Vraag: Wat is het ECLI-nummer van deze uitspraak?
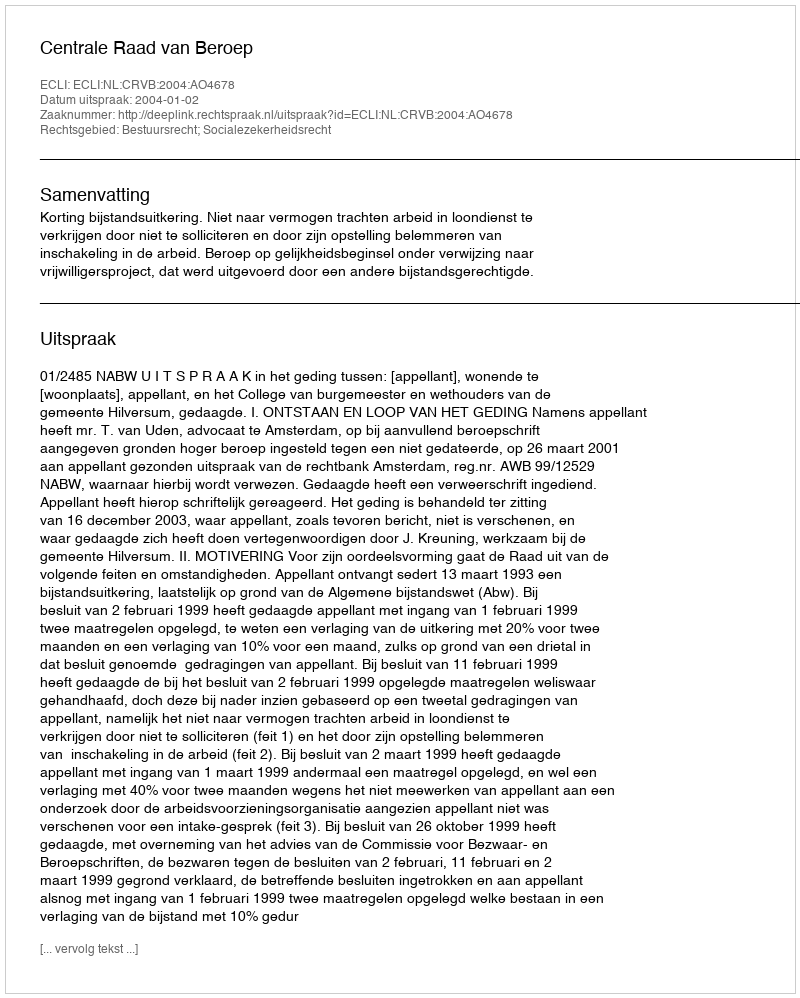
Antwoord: ECLI:NL:CRVB:2004:AO4678